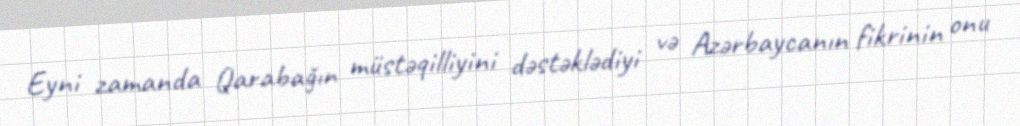
Eyni zamanda Qarabağın müstəqilliyini dəstəklədiyi və Azərbaycanın fikrinin onu